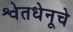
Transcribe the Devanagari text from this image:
श्वेतधेनूचे